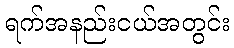
ရက်အနည်းငယ်အတွင်း